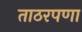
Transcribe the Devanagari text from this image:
ताठरपणा